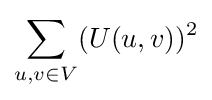
\sum _{u,v\in V}(U(u,v))^{2}